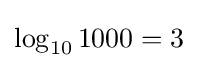
\log _{10}1000=3